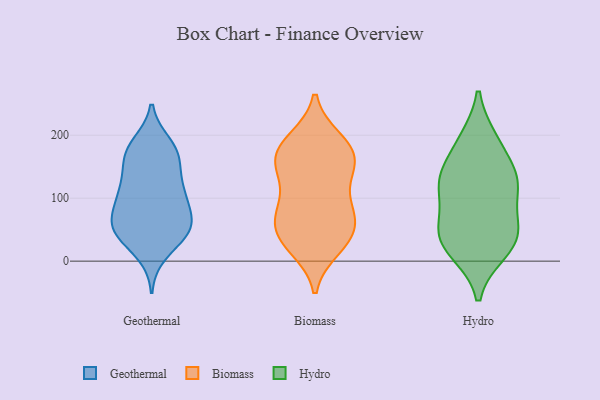
{"axis": {"x": "Bounce Rate (%)", "y": "Value"}, "legend": ["Biomass", "Geothermal", "Hydro"], "data": [{"x": "", "y": 108, "type": "Geothermal"}, {"x": "", "y": 173, "type": "Geothermal"}, {"x": "", "y": 168, "type": "Geothermal"}, {"x": "", "y": 99, "type": "Geothermal"}, {"x": "", "y": 89, "type": "Geothermal"}, {"x": "", "y": 174, "type": "Geothermal"}, {"x": "", "y": 56, "type": "Geothermal"}, {"x": "", "y": 55, "type": "Geothermal"}, {"x": "", "y": 53, "type": "Geothermal"}, {"x": "", "y": 105, "type": "Geothermal"}, {"x": "", "y": 41, "type": "Geothermal"}, {"x": "", "y": 60, "type": "Geothermal"}, {"x": "", "y": 166, "type": "Geothermal"}, {"x": "", "y": 119, "type": "Geothermal"}, {"x": "", "y": 53, "type": "Geothermal"}, {"x": "", "y": 185, "type": "Geothermal"}, {"x": "", "y": 44, "type": "Geothermal"}, {"x": "", "y": 13, "type": "Geothermal"}, {"x": "", "y": 131, "type": "Geothermal"}, {"x": "", "y": 49, "type": "Biomass"}, {"x": "", "y": 168, "type": "Biomass"}, {"x": "", "y": 31, "type": "Biomass"}, {"x": "", "y": 147, "type": "Biomass"}, {"x": "", "y": 20, "type": "Biomass"}, {"x": "", "y": 142, "type": "Biomass"}, {"x": "", "y": 26, "type": "Biomass"}, {"x": "", "y": 36, "type": "Biomass"}, {"x": "", "y": 166, "type": "Biomass"}, {"x": "", "y": 194, "type": "Biomass"}, {"x": "", "y": 82, "type": "Biomass"}, {"x": "", "y": 64, "type": "Biomass"}, {"x": "", "y": 185, "type": "Biomass"}, {"x": "", "y": 162, "type": "Biomass"}, {"x": "", "y": 78, "type": "Biomass"}, {"x": "", "y": 150, "type": "Biomass"}, {"x": "", "y": 194, "type": "Biomass"}, {"x": "", "y": 86, "type": "Biomass"}, {"x": "", "y": 67, "type": "Biomass"}, {"x": "", "y": 113, "type": "Biomass"}, {"x": "", "y": 17, "type": "Hydro"}, {"x": "", "y": 37, "type": "Hydro"}, {"x": "", "y": 192, "type": "Hydro"}, {"x": "", "y": 123, "type": "Hydro"}, {"x": "", "y": 54, "type": "Hydro"}, {"x": "", "y": 127, "type": "Hydro"}, {"x": "", "y": 141, "type": "Hydro"}, {"x": "", "y": 125, "type": "Hydro"}, {"x": "", "y": 114, "type": "Hydro"}, {"x": "", "y": 189, "type": "Hydro"}, {"x": "", "y": 53, "type": "Hydro"}, {"x": "", "y": 15, "type": "Hydro"}, {"x": "", "y": 51, "type": "Hydro"}]}